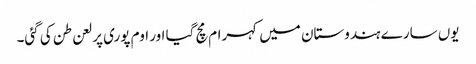
یوں سارے ہندوستان میں کہرام مچ گیا اور اوم پوری پر لعن طن کی گئی۔